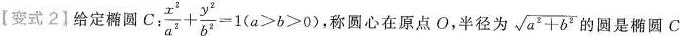
【变式2】给定椭圆 C: $$\frac{x^{2}}{a^{2}} + \frac{y^{2}}{b^{2}} = 1 ( a > b > 0$$ 称圆心在原点O，半径为\sqrt{a^{2}+b^{2}} 圆是椭圆C